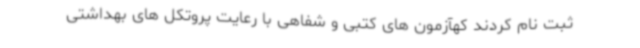
ثبت نام کردند کهآزمون های کتبی و شفاهی با رعایت پروتکل های بهداشتی